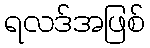
ရလဒ်အဖြစ်